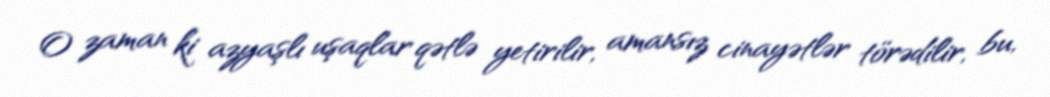
O zaman ki azyaşlı uşaqlar qətlə yetirilir, amansız cinayətlər törədilir, bu,